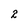
Character: 2